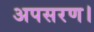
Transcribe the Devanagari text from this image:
अपसरण।